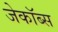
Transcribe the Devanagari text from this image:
जेकॉब्स